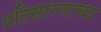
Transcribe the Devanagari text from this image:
प्रतिसारणाच्या